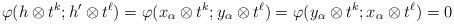
LaTeX: \begin{align*}\varphi(h \otimes t^k; h' \otimes t^\ell)= \varphi(x_\alpha \otimes t^k; y_\alpha \otimes t^\ell)= \varphi(y_\alpha \otimes t^k; x_\alpha \otimes t^\ell)= 0\end{align*}